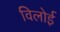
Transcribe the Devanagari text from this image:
विलोई